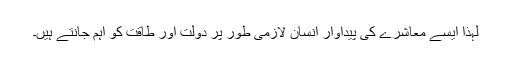
لہٰذا ایسے معاشرے کی پیداوار انسان لازمی طور پر دولت اور طاقت کو اہم جانتے ہیں۔